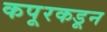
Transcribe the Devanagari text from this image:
कपूरकडून